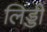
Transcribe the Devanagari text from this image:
लिड्डी